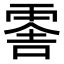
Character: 𠺞